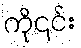
ကို၎င်း